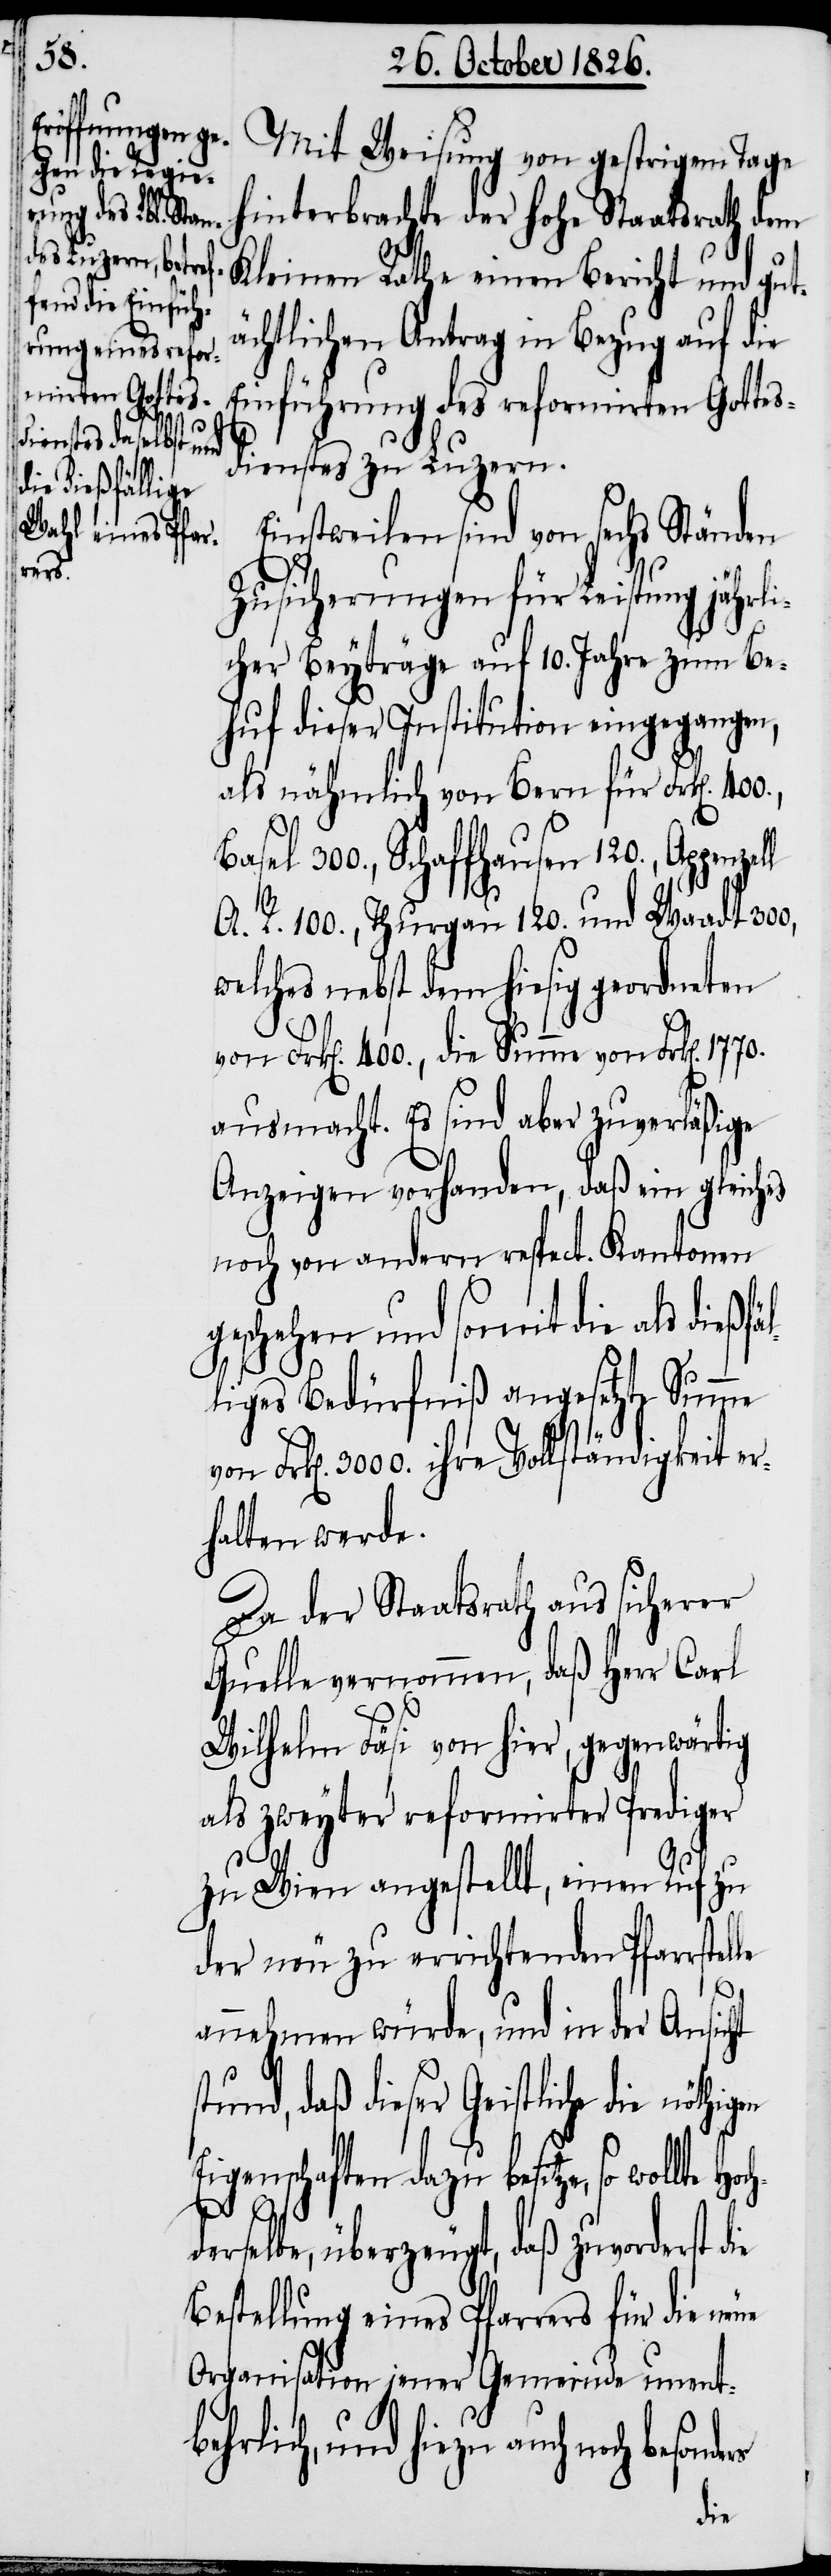
äl¬
Hochd¬

Mit Weisung von gestrigem Tage
hinterbrachte der hohe Staatsrath dem
Kleinen Rathe einen Bericht und gutä¬
chtlichen Antrag in Bezug auf die
Einführung des reformirten Gottes¬
dienstes zu Luzern.
Einstweilen sind von sechs Ständen
Zusicherungen für Leistung jährli¬
cher Beyträge auf 10. Jahre zum Be¬
huf dieser Institution eingegangen,
als nähmlich von Bern für Frk[en].
el 300., Schaffhausen 120., Appenz¬
A. R. 100., Thurgau 120. und Waadt 300,
welches nebst dem hiesig geordneten
von Frk[en]. 400., die Summe von Frk[en].
ausmacht. Es sind aber zuverläßige
Anzeigen vorhanden, daß ein gleiches
noch von andern respect. Kantonen
geschehen und somit die als dießf¬
liges Bedürfniß angesetzte Summe
Frk[en]. 3000. ihre Vollständigkeit er¬
halten werde.
Da der Staatsrath aus sicherer
Quelle vernommen, daß Herr Carl
Wilhelm Fäsi von hier, gegenwärtig
als zweyter reformirter Prediger
zu Wien angestellt, einen Ruf zu
der neu zu errichtenden Pfarrstel¬
annehmen würde, und in der Ansicht
daß dieser Geistliche die
Eigenschaften dazu besitze, so
erselbe, überzeugt, daß zuvorderst
Bestellung eines Pfarrers für die neue
Organisation jener Gemeinde unentb¬
ehrlich, und hiezu auch noch
die